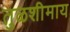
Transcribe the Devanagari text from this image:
तुळशीमाय